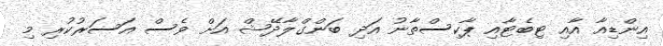
އިންޑިއާ އާއި ޓިބެޓާއި ޕާކިސްތާނު އަދި ބަންގްލާދޭޝް އަށް ވެސް އަސަރުކުރި މި